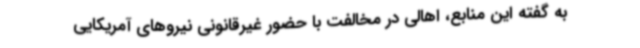
به گفته این منابع، اهالی در مخالفت با حضور غیرقانونی نیروهای آمریکایی